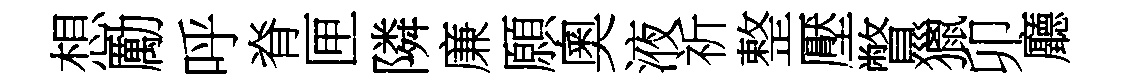
想勵呼脊匣隣廉願奧液祈整壓瞥獵卯廳